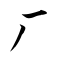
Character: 厂